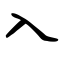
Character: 入